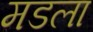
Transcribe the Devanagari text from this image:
मडला